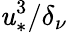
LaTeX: \mathit{u}_{*}^{3}/\delta_{\nu}